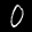
Label: 0